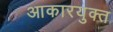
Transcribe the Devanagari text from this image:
आकारयुक्त